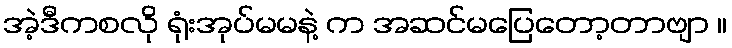
အဲ့ဒီကစလို ရုံးအုပ်မမနဲ့ က အဆင်မပြေတော့တာဗျာ ။